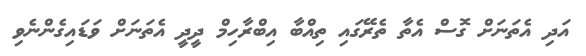
އަދި އެތަނަށް ގޮސް އެތާ ތެރޭގައި ތިއްބާ އިބްރާހިމް ދީދީ އެތަނަށް ވަޑައިގެންނެވި